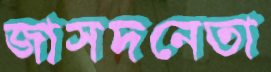
জাসদনেতা